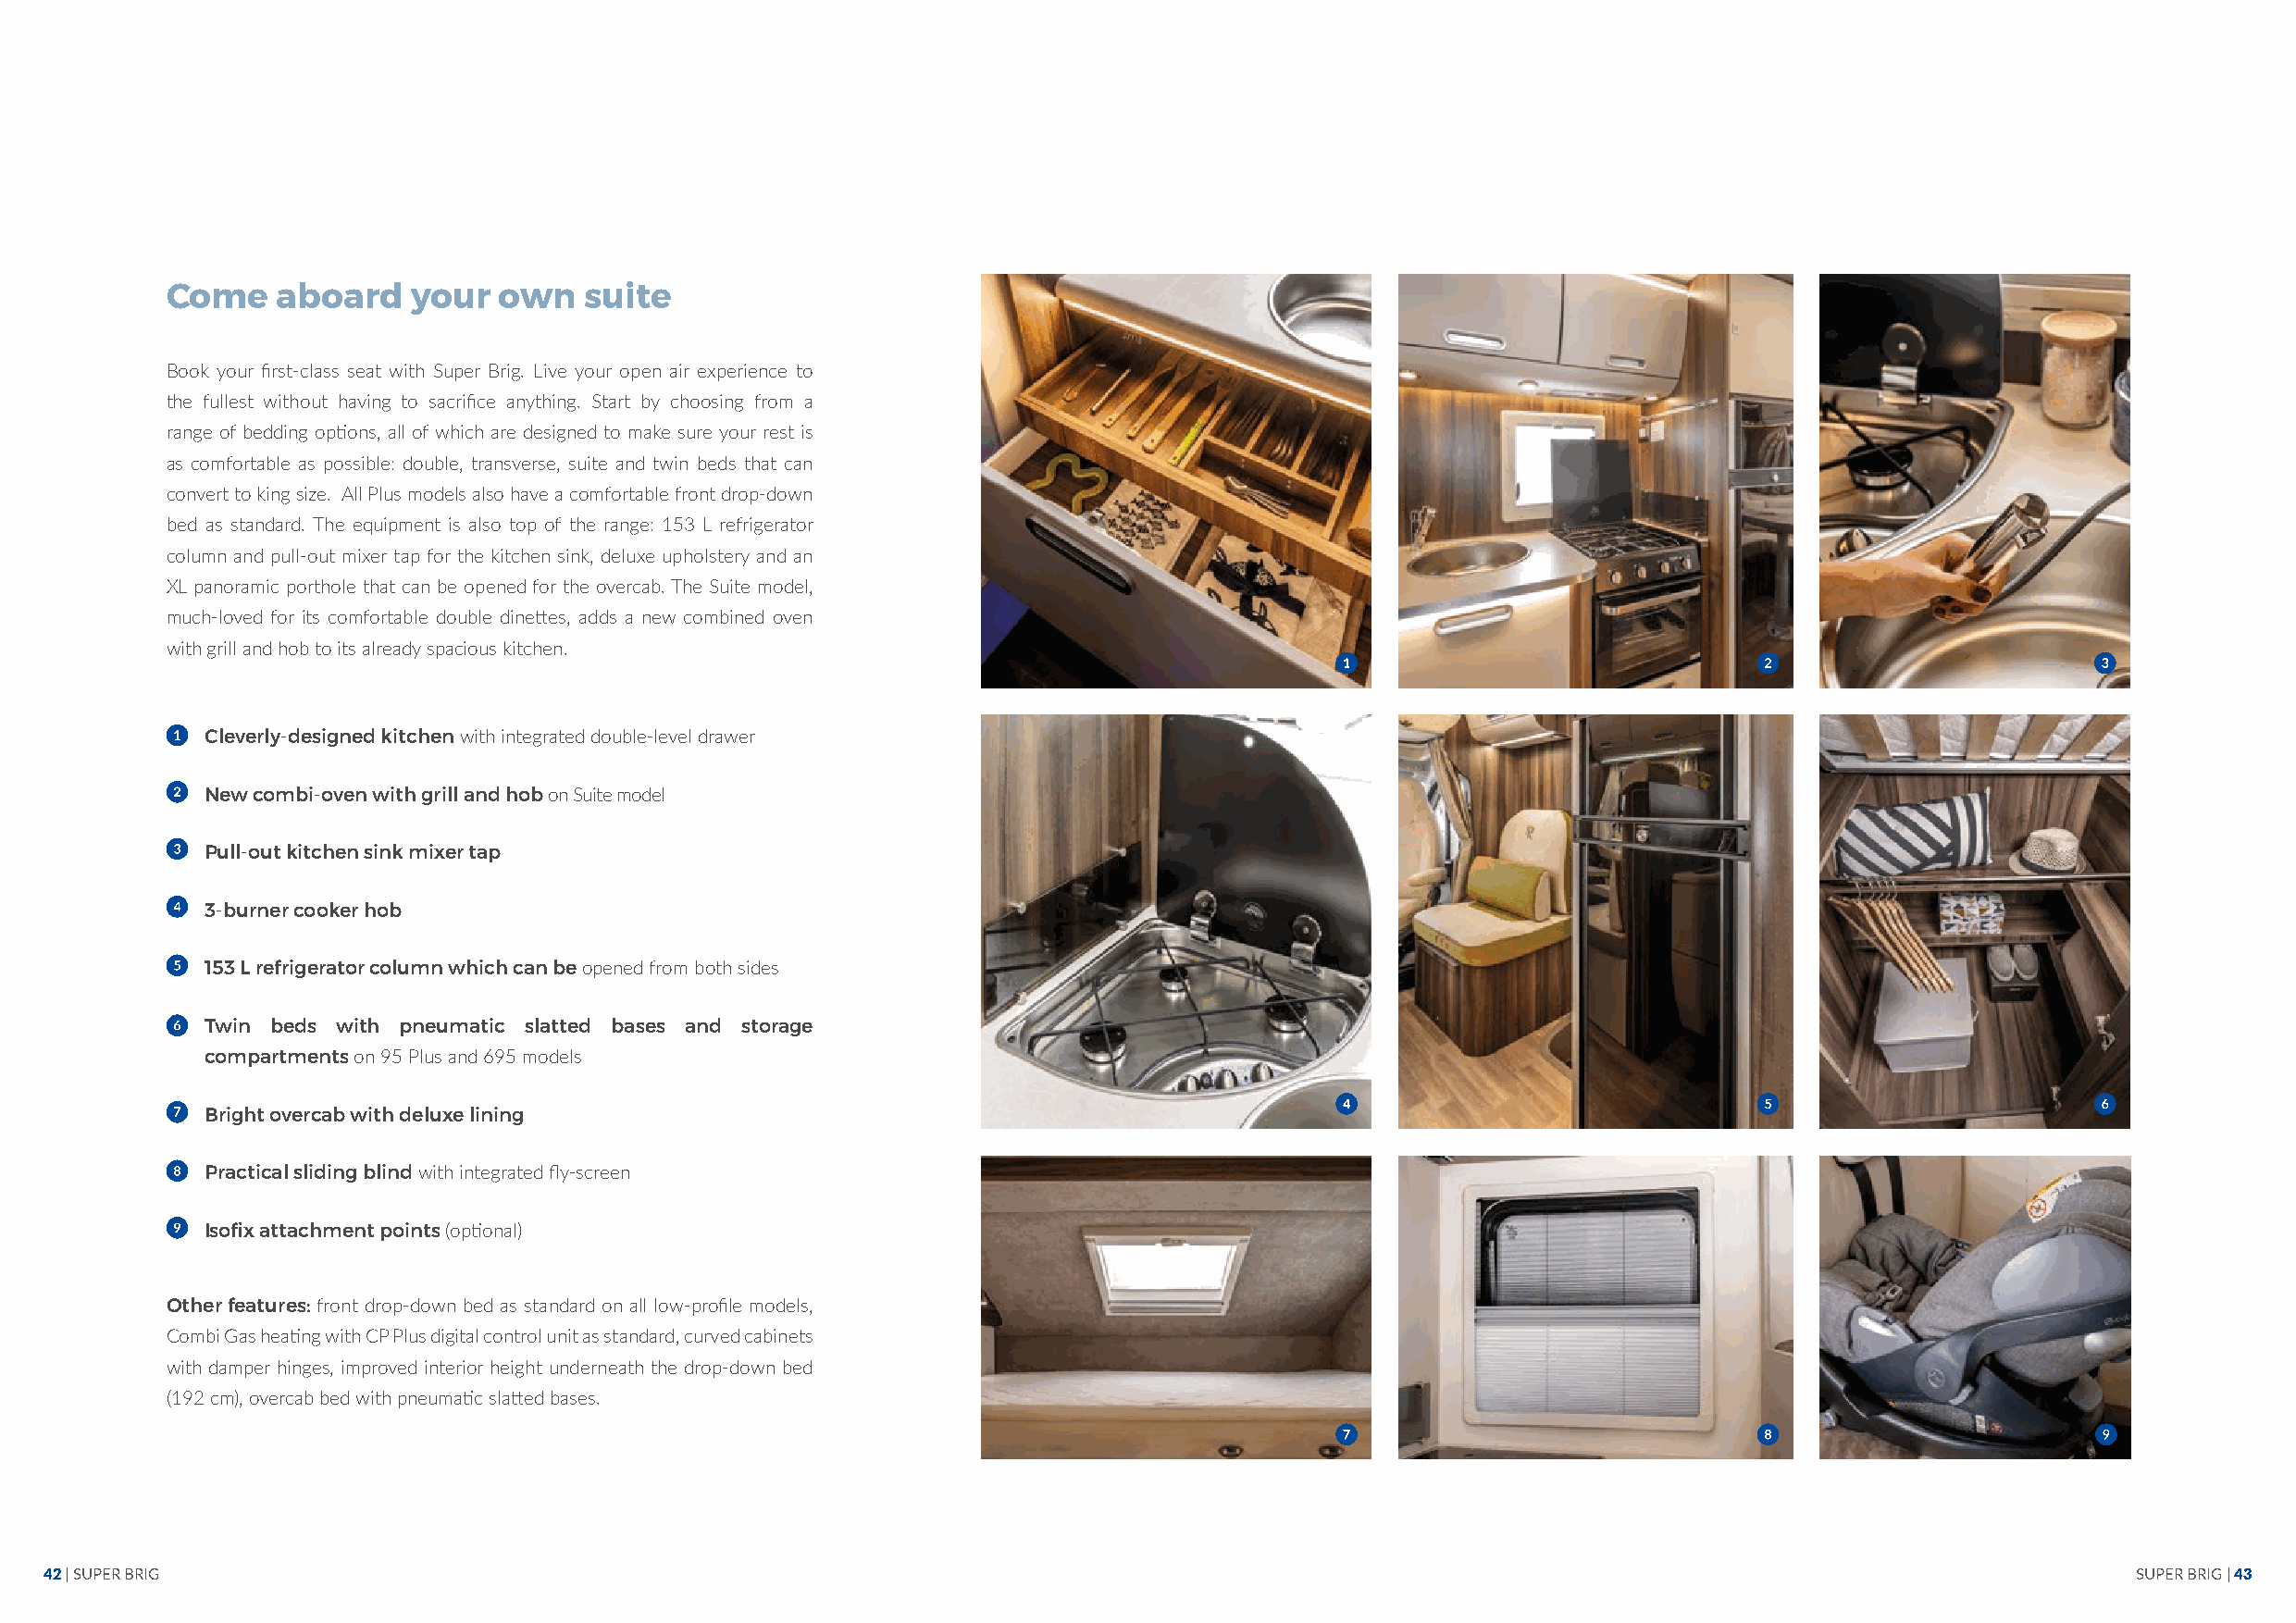
Come    aboard   your   own   suite
 Book your first-class seat with Super Brig. Live your open air experience to
 the fullest without having to sacrifice anything. Start by choosing from a
 range of bedding options, all of which are designed to make sure your rest is
 as comfortable as possible: double, transverse, suite and twin beds that can
 convert to king size. All Plus models also have a comfortable front drop-down
 bed as standard. The equipment is also top of the range: 153 L refrigerator
 column and pull-out mixer tap for the kitchen sink, deluxe upholstery and an
 XL panoramic porthole that can be opened for the overcab. The Suite model,
 much-loved for its comfortable double dinettes, adds a new combined oven
 with grill and hob to its already spacious kitchen.
 Cleverly-designed kitchen with integrated double-level drawer
 New combi-oven with grill and hob on Suite model
 Pull-out kitchen sink mixer tap
 3-burner cooker hob
 153 L refrigerator column which can be opened from both sides
 Twin beds with pneumatic slatted bases and storage
 compartments on 95 Plus and 695 models
 Bright overcab with deluxe lining
 Practical sliding blind with integrated fly-screen
 Isofix attachment points (optional)
 Other features: front drop-down bed as standard on all low-profile models,
 Combi Gas heating with CP Plus digital control unit as standard, curved cabinets
 with damper hinges, improved interior height underneath the drop-down bed
 (192 cm), overcab bed with pneumatic slatted bases.
 42 | SUPER BRIG                                                                                                                                       SUPER BRIG | 43